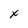
Character: x